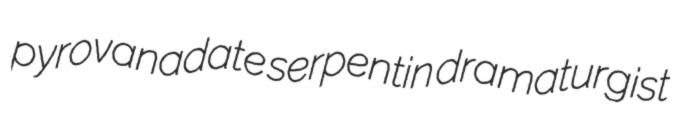
pyrovanadate serpentin dramaturgist